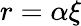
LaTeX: r=\alpha\xi